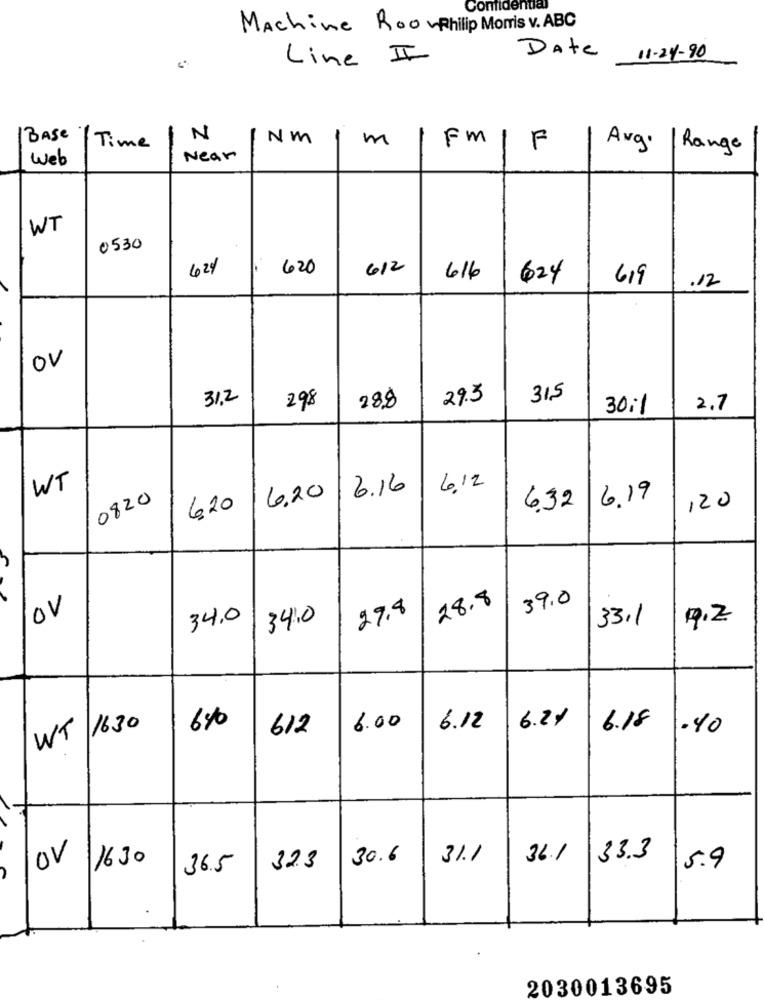
Confidential
Machine RoorPhilip Morris v. ABC
Line II
Date
11-24-90
BASE
N
NM
m
Fm
Time
F
Avg.
Range
Web
Near
WT
0530
424
620
6/2
616
624
619
.12
OV
312
288
29.3
31.5
298
30:1
2.7
WT
6.20 6.16
6.12
0820
6.32 6.19
120
6.20
28.8
39.0
OV
27.8
34.0
34.0
33.1
0,2
6.2%
WT 1630
6%
6.00
6.12
6.18
.40
612
32.3 30.6
31.1
36.1 33.3
OV 1630
36.5
5.9
2030013695